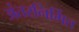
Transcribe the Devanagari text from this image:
अंतरनिर्मित